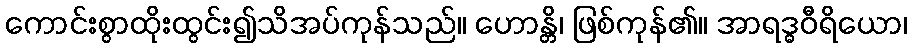
ကောင်းစွာထိုးထွင်း၍သိအပ်ကုန်သည်။ ဟောန္တိ၊ ဖြစ်ကုန်၏။ အာရဒ္ဓဝီရိယော၊